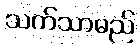
သက်သာမည်